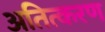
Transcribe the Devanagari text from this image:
अतित्करण